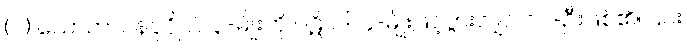
(၁) သောတာပန်ပုဂ္ဂိုလ် ၃-မျိုးကို ပဋိပဒါ ၄-မျိုးဖြင့်ပွားလျှင် ၁၂-ဦးဖြစ်၏။ ၎င်း